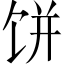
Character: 饼